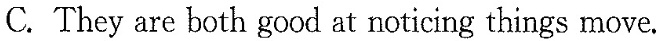
C.They are both good at noticing things move.